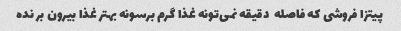
پیتزا فروشی که فاصله  دقیقه نمی‌تونه غذا گرم برسونه بهتر غذا بیرون بر نده